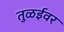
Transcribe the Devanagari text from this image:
तुळईवर